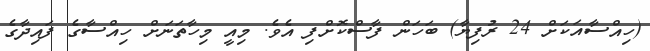
(ހިއްސާއަކަށް 24 ރުފިޔާ) ބަހަން ފާސްކޮށްފި އެވެ. މިއީ މިހާތަނަށް ހިއްސާގެ ފައިދާގެ